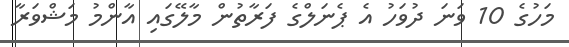
މަހުގެ 10 ވަނަ ދުވަހު އެ ޕެނަލްގެ ފަރާތުން މާލޭގައި އާންމު މަޝްވަރާ